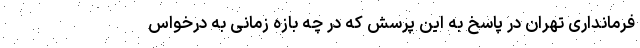
فرمانداری تهران در پاسخ به این پرسش که در چه بازه زمانی به درخواس